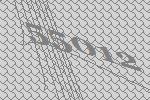
55012